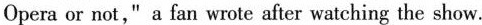
Opera or not," a fan wrote after watching the show.